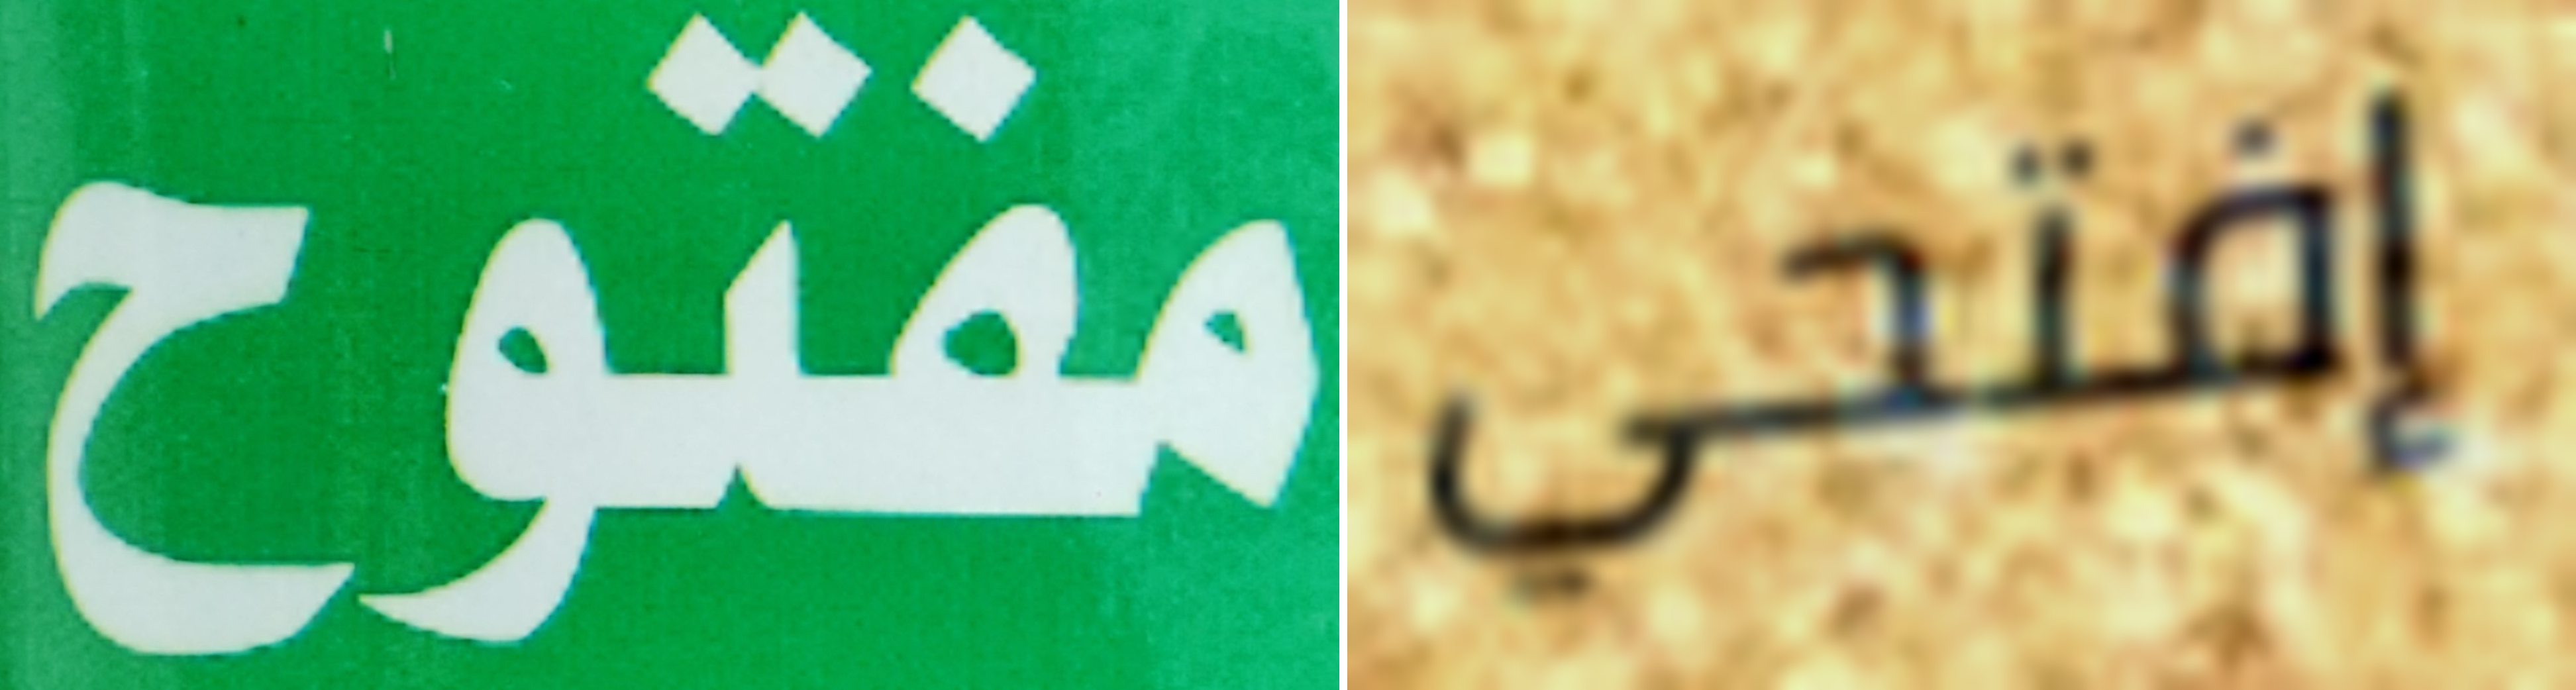
مفتوح إفتحي